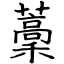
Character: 藳